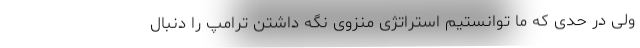
ولی در حدی که ما توانستیم استراتژی منزوی نگه داشتن ترامپ را دنبال